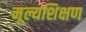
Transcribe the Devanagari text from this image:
मूल्यशिक्षण